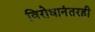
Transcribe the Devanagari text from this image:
विरोधानंतरही